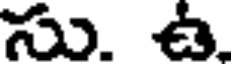
సు. ఉ.